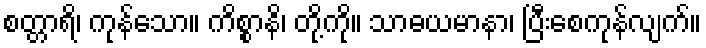
စတ္တာရိ၊ ကုန်သော။ ကိစ္စာနိ၊ တို့ကို။ သာဓယမာနာ၊ ပြီးစေကုန်လျက်။